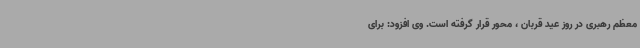
معظم رهبری در روز عید قربان ، محور قرار گرفته است. وی افزود: برای